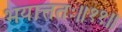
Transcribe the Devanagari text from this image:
भयात्ततः॥११॥